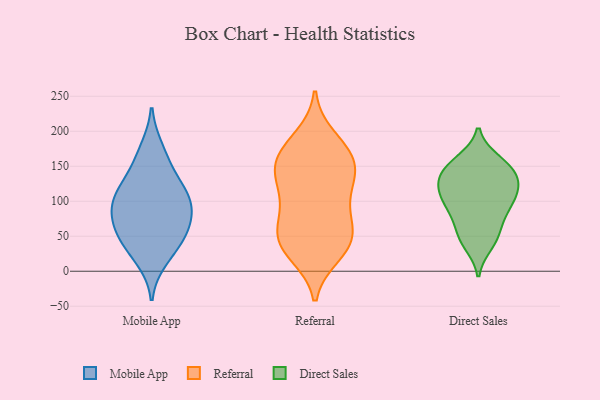
{"axis": {"x": "Inventory Turnover", "y": "Value"}, "legend": ["Direct Sales", "Mobile App", "Referral"], "data": [{"x": "", "y": 102, "type": "Mobile App"}, {"x": "", "y": 118, "type": "Mobile App"}, {"x": "", "y": 175, "type": "Mobile App"}, {"x": "", "y": 71, "type": "Mobile App"}, {"x": "", "y": 39, "type": "Mobile App"}, {"x": "", "y": 99, "type": "Mobile App"}, {"x": "", "y": 17, "type": "Mobile App"}, {"x": "", "y": 42, "type": "Mobile App"}, {"x": "", "y": 94, "type": "Mobile App"}, {"x": "", "y": 71, "type": "Mobile App"}, {"x": "", "y": 60, "type": "Mobile App"}, {"x": "", "y": 122, "type": "Mobile App"}, {"x": "", "y": 153, "type": "Mobile App"}, {"x": "", "y": 73, "type": "Referral"}, {"x": "", "y": 155, "type": "Referral"}, {"x": "", "y": 166, "type": "Referral"}, {"x": "", "y": 28, "type": "Referral"}, {"x": "", "y": 164, "type": "Referral"}, {"x": "", "y": 37, "type": "Referral"}, {"x": "", "y": 96, "type": "Referral"}, {"x": "", "y": 191, "type": "Referral"}, {"x": "", "y": 128, "type": "Referral"}, {"x": "", "y": 43, "type": "Referral"}, {"x": "", "y": 133, "type": "Referral"}, {"x": "", "y": 134, "type": "Referral"}, {"x": "", "y": 107, "type": "Referral"}, {"x": "", "y": 49, "type": "Referral"}, {"x": "", "y": 152, "type": "Referral"}, {"x": "", "y": 180, "type": "Referral"}, {"x": "", "y": 52, "type": "Referral"}, {"x": "", "y": 72, "type": "Referral"}, {"x": "", "y": 24, "type": "Referral"}, {"x": "", "y": 139, "type": "Direct Sales"}, {"x": "", "y": 142, "type": "Direct Sales"}, {"x": "", "y": 39, "type": "Direct Sales"}, {"x": "", "y": 116, "type": "Direct Sales"}, {"x": "", "y": 49, "type": "Direct Sales"}, {"x": "", "y": 119, "type": "Direct Sales"}, {"x": "", "y": 48, "type": "Direct Sales"}, {"x": "", "y": 89, "type": "Direct Sales"}, {"x": "", "y": 100, "type": "Direct Sales"}, {"x": "", "y": 158, "type": "Direct Sales"}, {"x": "", "y": 125, "type": "Direct Sales"}, {"x": "", "y": 153, "type": "Direct Sales"}, {"x": "", "y": 151, "type": "Direct Sales"}, {"x": "", "y": 100, "type": "Direct Sales"}, {"x": "", "y": 124, "type": "Direct Sales"}, {"x": "", "y": 69, "type": "Direct Sales"}, {"x": "", "y": 88, "type": "Direct Sales"}]}